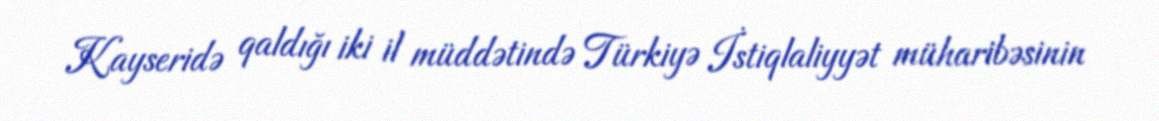
Kayseridə qaldığı iki il müddətində Türkiyə İstiqlaliyyət müharibəsinin